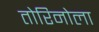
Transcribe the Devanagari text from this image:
तोरिनोला